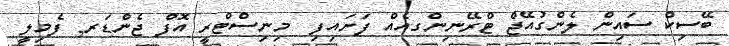
ބޭސިކް ސައިން ލެންގުއޭޖް ޓްރޭނިންގއެއް ފަށައިފި  މިނިސްޓްރީ އޮފް ޖެންޑަރ